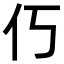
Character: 𫢆